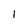
Character: 1